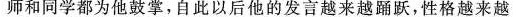
师和同学都为他鼓掌，自此以后他的发言越来越踊跃，性格越来越